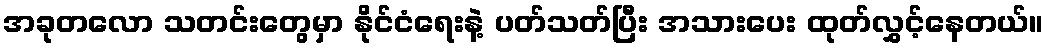
အခုတလော သတင်းတွေမှာ နိုင်ငံရေးနဲ့ ပတ်သတ်ပြီး အသားပေး ထုတ်လွှင့်နေတယ်။